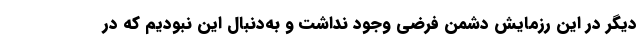
دیگر در این رزمایش دشمن فرضی وجود نداشت و به‌دنبال این نبودیم که در